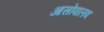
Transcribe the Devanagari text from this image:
आसोपालव